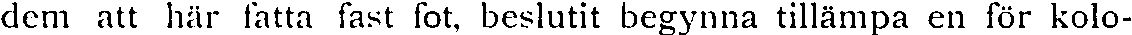
dem att här fatta fast fot, beslutit begynna tillämpa en för kolo-